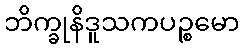
ဘိက္ခုနိဒူသကပဉ္စမော